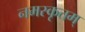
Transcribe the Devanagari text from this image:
नमस्कृतम्